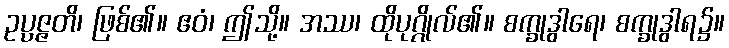
ဥပ္ပဇ္ဇတိ၊ ဖြစ်၏။ ဧဝံ၊ ဤသို့။ အဿ၊ ထိုပုဂ္ဂိုလ်၏။ စက္ခုဒွါရေ၊ စက္ခုဒွါရ၌။